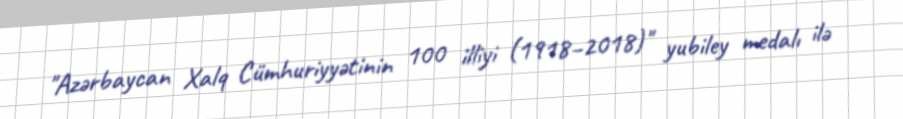
"Azərbaycan Xalq Cümhuriyyətinin 100 illiyi (1918–2018)" yubiley medalı ilə